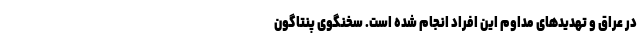
در عراق و تهدید‌های مداوم این افراد انجام شده است. سخنگوی پنتاگون